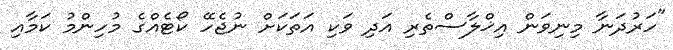
"ހަރުދަނާ މިނިވަން އިޚްލާސްތެރި އަދި ވަކި އަތަކަށް ނުޖެހޭ ކޯޓެއްގެ މުހިންމު ކަމާއި